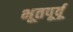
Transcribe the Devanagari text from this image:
भूतपूर्वू